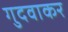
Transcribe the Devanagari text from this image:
गुदवाकर